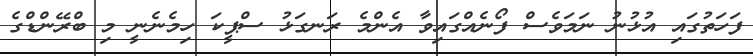
ފަހަތުގައި އުޅުނު ނަމަވެސް ފޯނެއްގައިވާ އެންމެ ރަނގަޅު ސްޕީކަ ހިމެނެނީ މި ބްރޭންޑްގެ